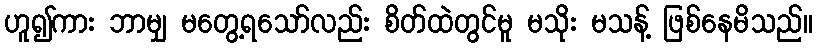
ဟူ၍ကား ဘာမျှ မတွေ့ရသော်လည်း စိတ်ထဲတွင်မူ မသိုး မသန့် ဖြစ်နေမိသည်။